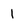
Character: 1